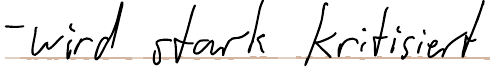
- wird stark kritisiert